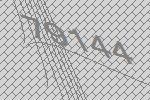
79144